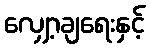
လျှော့ချရေးနှင့်